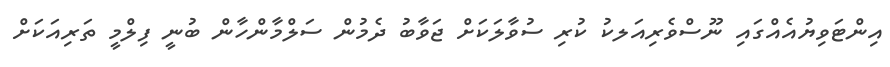
އިންޓަވިޔުއެއްގައި ނޫސްވެރިއަލކު ކުރި ސުވާލަކަށް ޖަވާބު ދެމުން ސަލްމާންހާން ބުނީ ފިލްމީ ތަރިއަކަށް